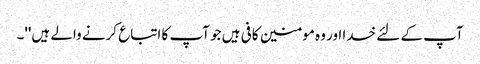
آپ کے لئے خدا اور وہ مومنین کافی ہیں جو آپ کا اتباع کرنے والے ہیں''۔